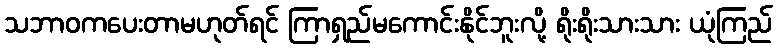
သဘာဝကပေးတာမဟုတ်ရင် ကြာရှည်မကောင်းနိုင်ဘူးလို့ ရိုးရိုးသားသား ယုံကြည်